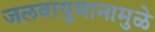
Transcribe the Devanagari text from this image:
जलवायुमानामुळे